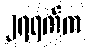
၂၇ရက်က